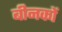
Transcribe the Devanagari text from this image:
बीनकों